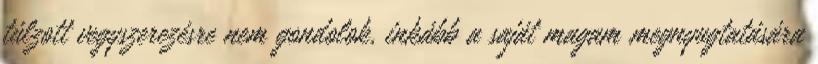
túlzott vegyszerezésre nem gondolok, inkább a saját magam megnyugtatására